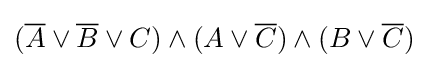
({\overline {A}}\vee {\overline {B}}\vee C)\wedge (A\vee {\overline {C}})\wedge (B\vee {\overline {C}})